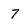
Character: 7